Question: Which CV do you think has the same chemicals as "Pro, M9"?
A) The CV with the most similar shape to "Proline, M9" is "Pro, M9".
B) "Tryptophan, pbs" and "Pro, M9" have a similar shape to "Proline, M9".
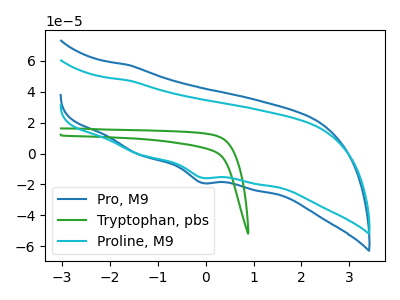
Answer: <think>The blue curve "Pro, M9" has a cathodic peak at: (-0.10V, -18.80uA). The green curve "Tryptophan, pbs" has no peaks. The cyan curve "Proline, M9" has a cathodic peak at: (-0.10V, -15.55uA).
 "Pro, M9" and "Tryptophan, pbs" have a different number of peaks. All the peaks in "Pro, M9" have a peak in "Proline, M9" at the same potential. Every peak in "Pro, M9" is higher than every peak in "Proline, M9". "Tryptophan, pbs" and "Proline, M9" have a different number of peaks.</think>
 <answer>A) The CV with the most similar shape to "Proline, M9" is "Pro, M9".</answer>
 <eval>A</eval>